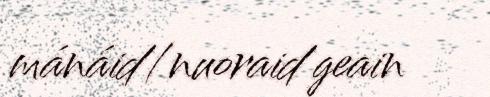
mánáid/nuoraid geain